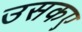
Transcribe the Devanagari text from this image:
उसकए